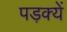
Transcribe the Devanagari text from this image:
पड़क्यें